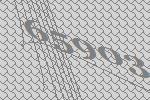
65903